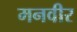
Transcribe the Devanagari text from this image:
मनवीर